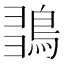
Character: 𪀫